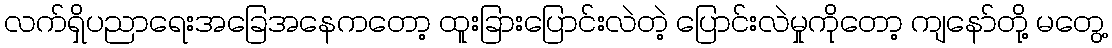
လက်ရှိပညာရေးအခြေအနေကတော့ ထူးခြားပြောင်းလဲတဲ့ ပြောင်းလဲမှုကိုတော့ ကျနော်တို့ မတွေ့